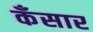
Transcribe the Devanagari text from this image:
कँसार